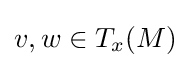
v,w\in T_{x}(M)